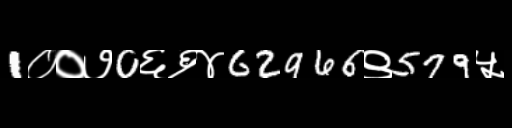
Text: 1००७0६६४62966९579५